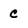
Character: C